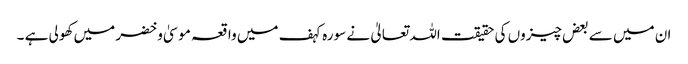
ان میں سے بعض چیزوں کی حقیقت اللہ تعالیٰ نے سورہ کہف میں واقعہ موسیٰ و خضر میں کھولی ہے ۔